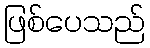
ဖြစ်ပေသည်